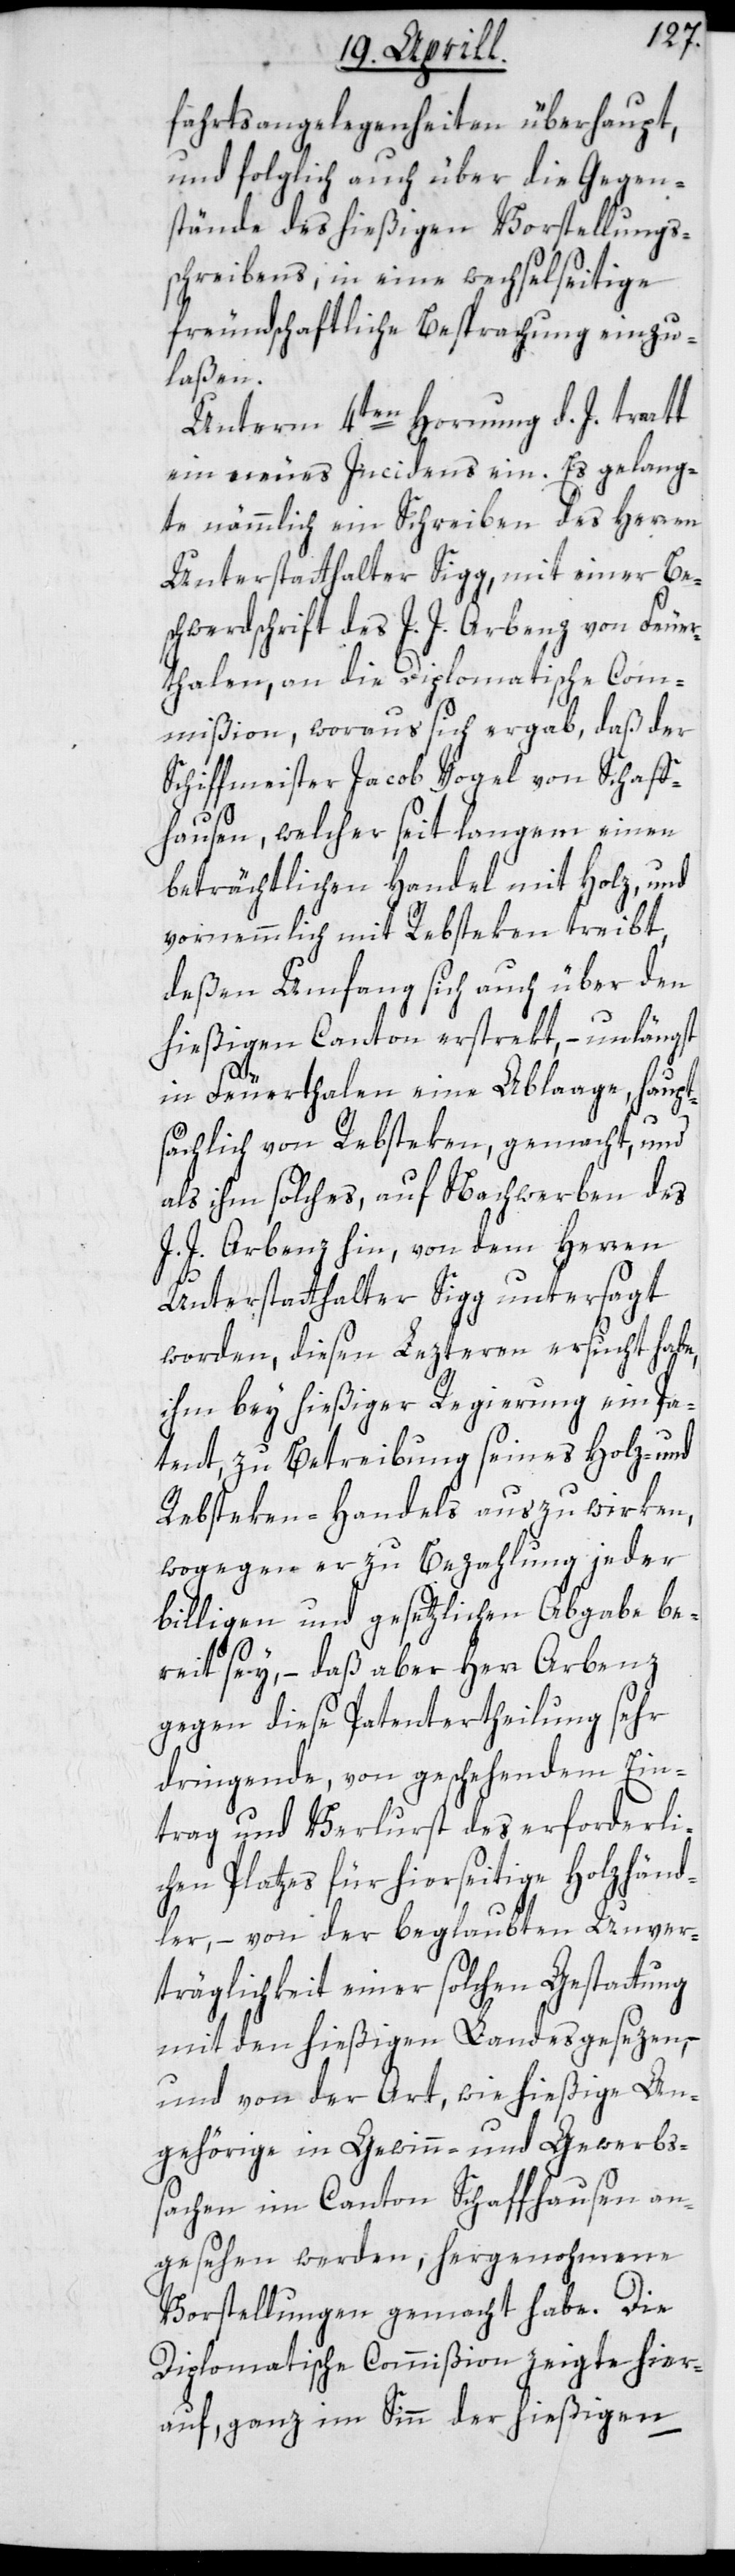
fahrts-Angelegenheiten überhaupt,
und folglich auch über die Gegen¬
stände des hießigen Vorstellungs¬
schreibens, in eine wechselseitige
freundschaftliche Besprachung einzu¬
laßen.
Unterm 4ten Hornung d. J. tratt
ein neues Incidens ein. Es gelang¬
te nämmlich ein Schreiben des Herren
Unterstatthalter Sigg mit einer Be¬
schwerdschrift des J. J. Arbenz von Feuer¬
thalen, an die Diplomatische Com¬
mißion, woraus sich ergab, daß der
Schiffmeister Jacob Vogel von Schaff¬
hausen, welcher seit langem einen
beträchtlichen Handel mit Holz und
vornemmlich mit Rebsteken treibt,
deßen Umfang sich auch über den
hießigen Canton erstrekt, – unlängst
in Feuerthalen eine Ablage, haupt¬
sächlich von Rebsteken, gemacht, und
als ihm solches auf Nachwerben des
J. J. Arbenz hin, von dem Herren
Unterstatthalter Sigg untersagt
worden, diesen Lezteren ersucht habe,
ihm bey hießiger Regierung ein Pa¬
tent, zu Betreibung seines Holz- und
Rebsteken-Handels auszuwirken,
wogegen er zu Bezahlung jeder
billigen und gesetzlichen Abgabe be¬
reit sey, – daß aber Herr Arbenz
gegen diese Patentertheilung sehr
dringende, von geschehendem Ein¬
trag und Verlurst des erforderli¬
chen Platzes für hierseitige Holzhänd¬
ler, – von der beglaubten Unver¬
träglichkeit einer solchen Gestattung
mit den hießigen Landesgesezen, –
und von der Art, wie hießige An¬
gehörige in Gewinn- und Gewerbs¬
sachen im Canton Schaffhausen an¬
gesehen werden, hergenohmene
Vorstellungen gemacht habe. Die
Diplomatische Commißion zeigte hier¬
auf, ganz im Sinn der hießigen